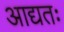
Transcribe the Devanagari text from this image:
आद्यतः